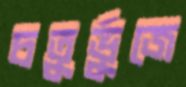
চতুর্ভুজে